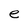
Character: e